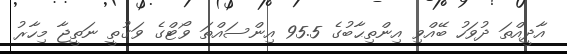
އާދީއްތަ ދުވަހު ބޭއްވި އިންތިޙާބުގެ 95.5 އިންސައްތަ ވޯޓްގެ ވަގުތީ ނަތީޖާ މިހާރު